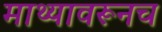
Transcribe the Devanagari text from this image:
माथ्यावरूनच